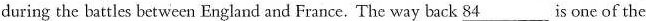
during the battles between England and France. The way back \underline{84} is one of the